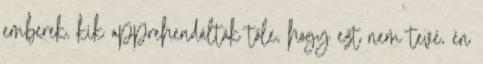
emberek, kik apprehendálták tőle, hogy ezt nem tevé, én